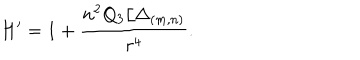
LaTeX: H ^ { \prime } = 1 + \frac { n ^ { 2 } Q _ { 3 } / \Delta _ { ( m , n ) } } { r ^ { 4 } } .